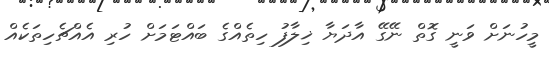
މީހުނަށް ވަނީ ގޮތް ނޭގޭ އާދަޔާ ޚިލާފު ހިތެއްގެ ބައްޓަމަށް ހުރި އެއްޗެހިތަކެއް